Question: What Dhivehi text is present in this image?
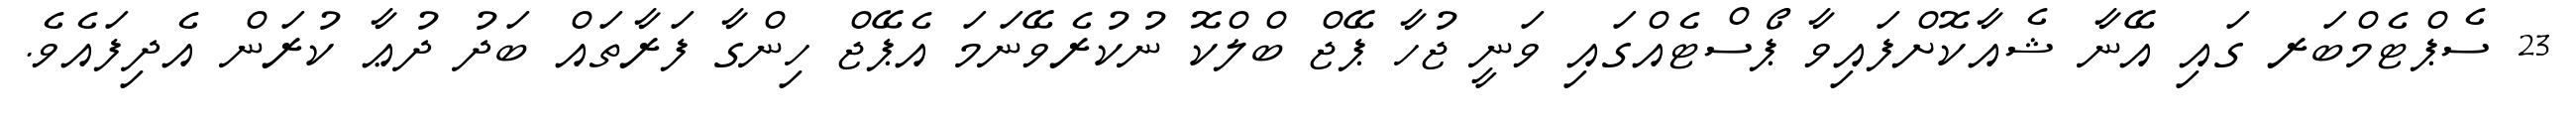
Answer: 23 ސެޕްޓެމްބަރ ގައި އޭނާ ޝެއާކޮށްފައިވާ ޕޯސްޓެއްގައި ވަނީ ޖުހާ ޕޭޖް ބްލްކޮ ނުކުރެވޭނަމަ އެޕޭޖް ހިންގާ ފަރާތައް ބަދު ދުޢާ ކުރަން އެދިފައެވެ.